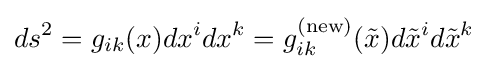
ds^{2}=g_{ik}(x)dx^{i}dx^{k}=g_{ik}^{\text{(new)}}({\tilde {x}})d{\tilde {x}}^{i}d{\tilde {x}}^{k}